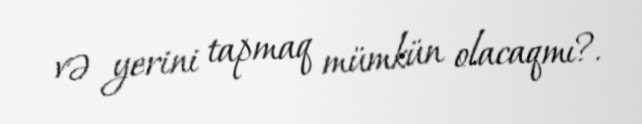
və yerini tapmaq mümkün olacaqmı?.